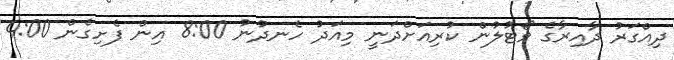
ދިއްގަރު ދާއިރާގެ ވޯޓުލުން ކުރިއަށްދަނީ މިއަދު ހެނދުނު 8:00 އިން ފެށިގެން 4:00